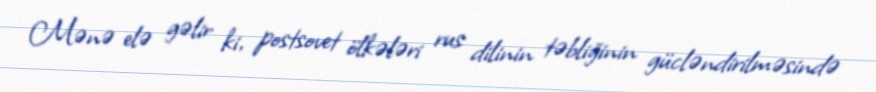
Mənə elə gəlir ki, postsovet ölkələri rus dilinin təbliğinin gücləndirilməsində